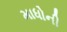
માધોની